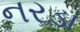
નરડા